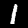
Label: 1